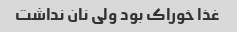
غذا خوراک بود ولی نان نداشت